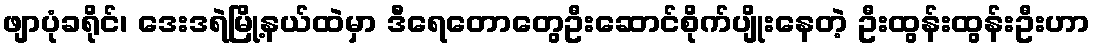
ဖျာပုံခရိုင်၊ ဒေးဒရဲမြို့နယ်ထဲမှာ ဒီရေတောတွေဦးဆောင်စိုက်ပျိုးနေတဲ့ ဦးထွန်းထွန်းဦးဟာ